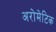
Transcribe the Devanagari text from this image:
अरोमेटिक